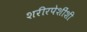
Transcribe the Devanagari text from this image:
शरीरपेशींशी